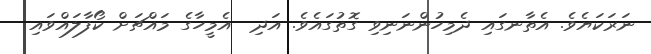
ނަރަކަޔެވެ. އެތާނގައި ދެމިހުންނަނިވި ގޮތުގައެވެ. އަދި  އެމީހާގެ މައްޗަށް ކޯފާލައްވައި